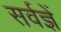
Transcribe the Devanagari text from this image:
सर्वज्ञें